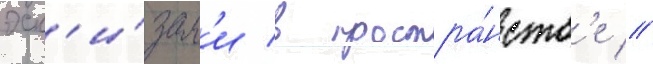
эск'и́зам'и в простра́нств'е //